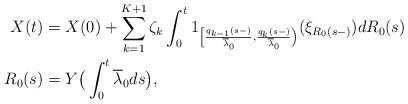
LaTeX: \begin{align*} X(t) &= X(0) + \sum_{k=1}^{K+1} \zeta_k \int_0^t 1_{ \left[ \frac{q_{k-1}(s-)}{\overline \lambda_0}, \frac{q_{k}(s-) }{\overline \lambda_0} \right)}( \xi_{R_0(s-)})dR_0(s) \\R_0(s) &= Y\big( \int_0^t \overline \lambda_0 ds\big),\end{align*}